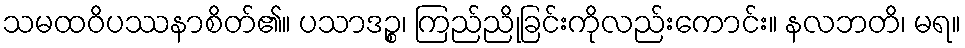
သမထဝိပဿနာစိတ်၏။ ပသာဒဉ္စ၊ ကြည်ညိုခြင်းကိုလည်းကောင်း။ နလဘတိ၊ မရ။